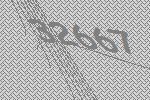
32667